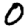
Digit: 0